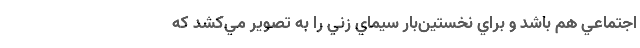
اجتماعي هم باشد و براي نخستين‌بار سيماي زني را به تصوير مي‌کشد که